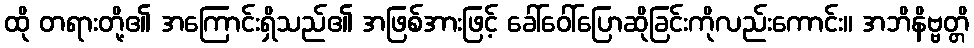
ထို တရားတို့၏ အကြောင်းရှိသည်၏ အဖြစ်အားဖြင့် ခေါ်ဝေါ်ပြောဆိုခြင်းကိုလည်းကောင်း။ အဘိနိဗ္ဗတ္တိ